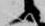
候